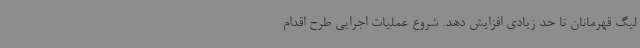
لیگ قهرمانان تا حد زیادی افزایش دهد. شروع عملیات اجرایی طرح اقدام